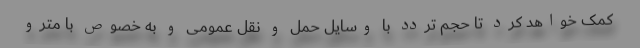
کمک خواهد کرد تا حجم تردد با وسایل حمل و نقل عمومی و به خصوص با مترو